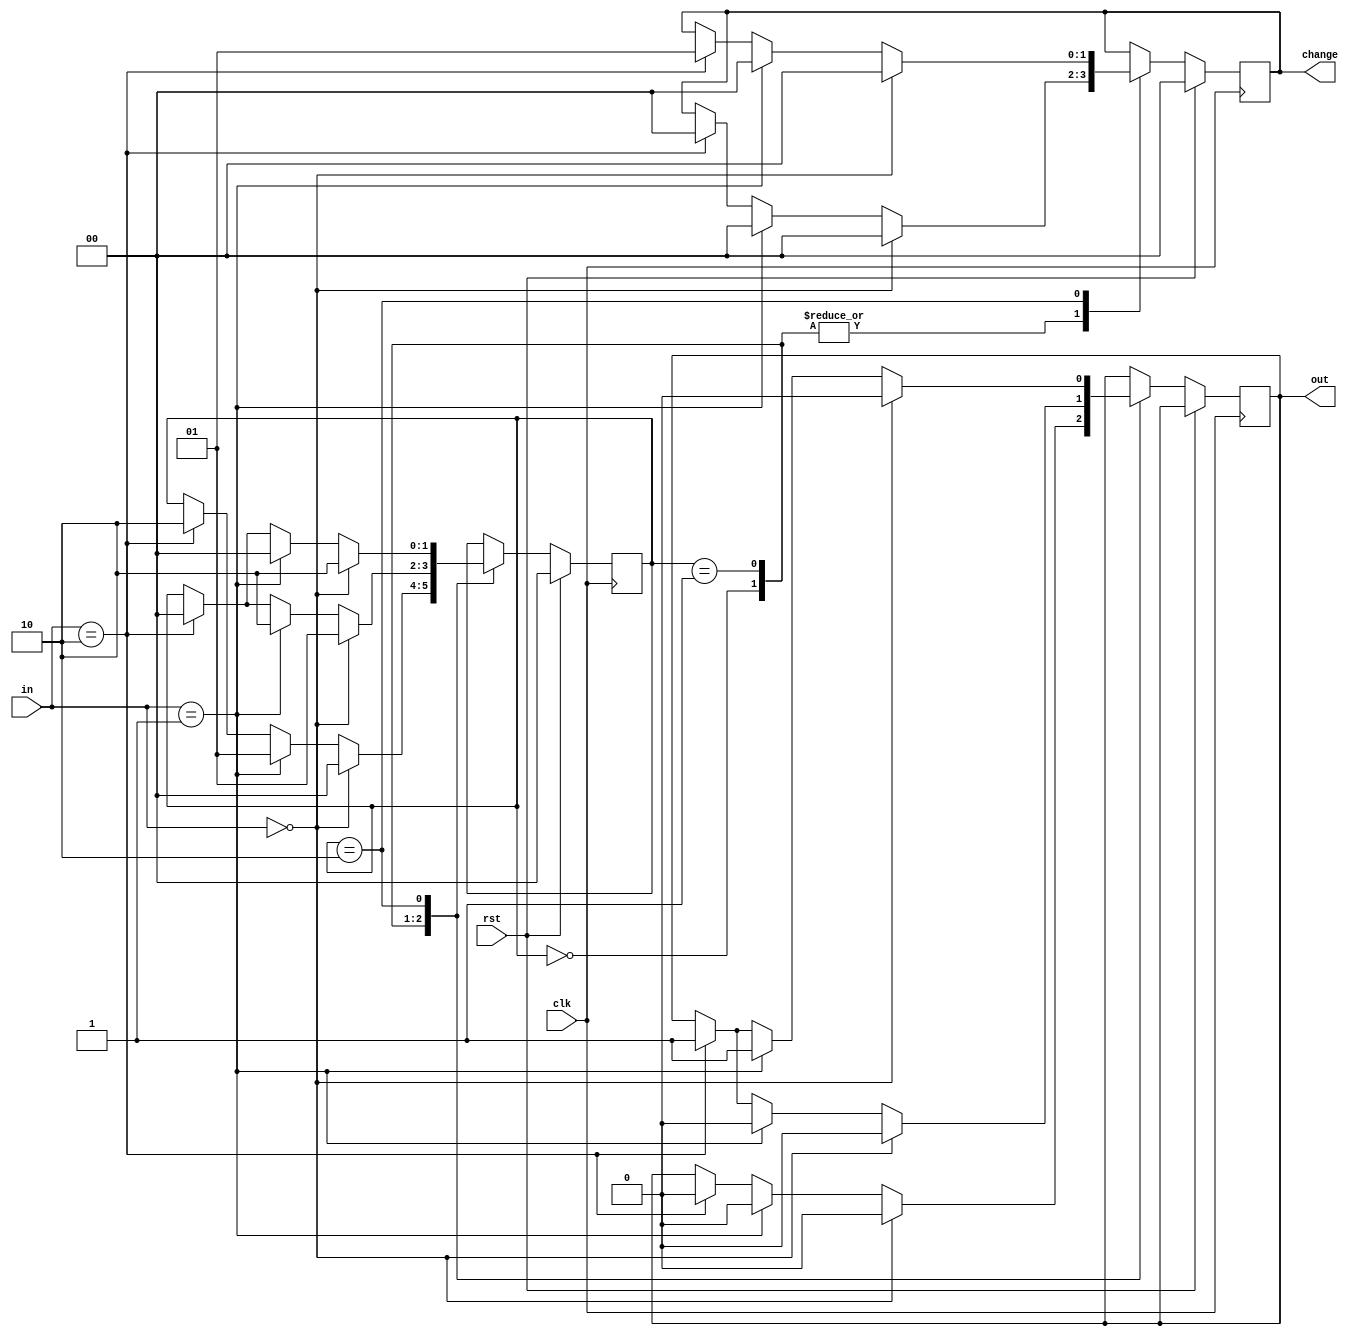
// Code your design here
module vending_machine(clk,rst,in,out,change);
  input clk;
  input rst;
  input [1:0]in;//01=5 10=10
  output reg out ;
  output reg [1:0] change ;
  
  parameter s0 = 2'b00;
  parameter s1 = 2'b01;
  parameter s2 = 2'b10;
  
  reg [1:0] cs,ns;
  
  always @(posedge clk)
    begin
      if(rst)
        begin 
          cs=0;
          ns=0;
          change = 0;
        end
      
      else 
        begin
          cs=ns;
          
          case(cs)
            s0: if(in==0)
              begin
                ns=s0;
                out=0;
                change=0;
        	  end
            
            else if(in==2'b01)
              begin
              ns=s1;
               out=0;
                change=0;
              end
            else if(in==2'b10)
              begin
              ns=s2;
               out=0;
                change=0;
              end
            
            s1: if(in==0)
              begin
                ns=s1;
                out=0;
                change=0;
        	  end
            
            else if(in==2'b01)
              begin
              ns=s2;
               out=0;
                change=0;
              end
            else if(in==2'b10)
              begin
                change=2'b00;
              ns=s0;
               out=1;
             //   change=2'b00;
                
              end
            
            
            s2: if(in==0)
              begin
                ns=s2;
                out=0;
                change=0;
        	  end
            
            else if(in==2'b01)
              begin
              ns=s0;
               out=1;
                change=2'b00;
                //rst=1;
              end
            else if(in==2'b10)
              begin
                change=2'b01;
              ns=s0;
               out=1;
                //rst=1;
              end
            
          endcase
         // cs=ns;
                
        end
    end
endmodule